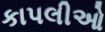
કાપલીઓ